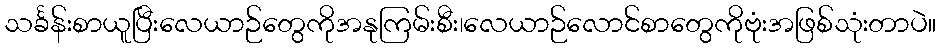
သင်္ခန်းစာယူပြီးလေယာဉ်တွေကိုအနုကြမ်းစီး၊လေယာဉ်လောင်စာတွေကိုဗုံးအဖြစ်သုံးတာပဲ။